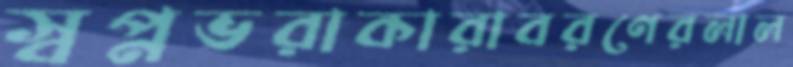
স্বপ্নভরাকারাবরণেরলাল